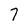
Character: 7